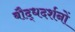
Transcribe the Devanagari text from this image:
बौद्धदर्शनों